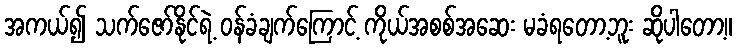
အကယ်၍ သက်ဇော်နိုင်ရဲ့ ဝန်ခံချက်ကြောင့် ကိုယ်အစစ်အဆေး မခံရတော့ဘူး ဆိုပါတော့။